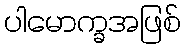
ပါမောက္ခအဖြစ်